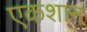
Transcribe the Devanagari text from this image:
एकशान